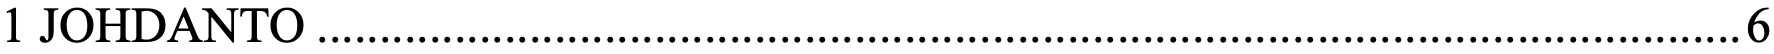
1 JOHDANTO .................................................................................................................. 6